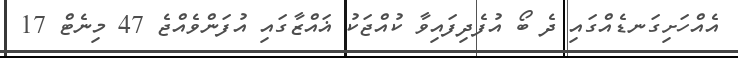
އެއްހަށިގަނޑެއްގައި ދެ ބޯ އުފެދިފައިވާ ކުއްޖަކު ޣައްޒާގައި އުފަންވެއްޖެ 47 މިނެޓް 17